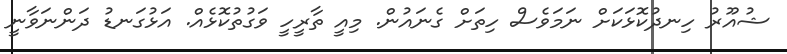
ޝުއޫރު ހިނދުކޮޅަކަށް ނަމަވެސް ހިތަށް ގެނައުން. މިއީ ތާރީހީ ވަގުތުކޮޅެއް. އަޅުގަނޑު ދަންނަވާނީ